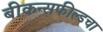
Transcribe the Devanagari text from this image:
बीकन्सफील्डचा